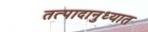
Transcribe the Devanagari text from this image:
तत्पादानुध्यात